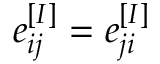
e _ { i j } ^ { [ I ] } = e _ { j i } ^ { [ I ] }